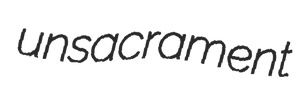
unsacrament